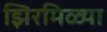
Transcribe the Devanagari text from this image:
झिरमिळ्या